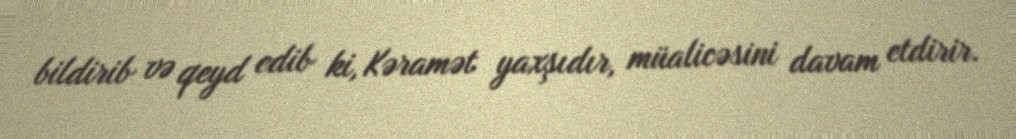
bildirib və qeyd edib ki, Kəramət yaxşıdır, müalicəsini davam etdirir.